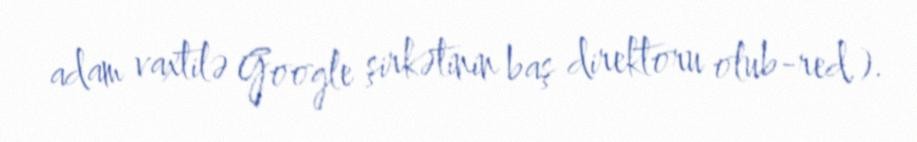
adam vaxtilə Google şirkətinin baş direktoru olub-red.).